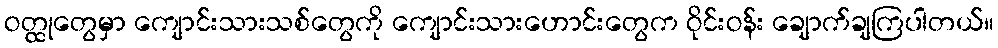
ဝတ္ထုတွေမှာ ကျောင်းသားသစ်တွေကို ကျောင်းသားဟောင်းတွေက ဝိုင်းဝန်း ချောက်ချကြပါတယ်။